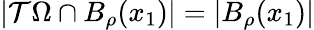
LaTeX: |\mathcal T\Omega\cap B_{\rho}(x_{1})|=|B_{\rho}(x_{1})|